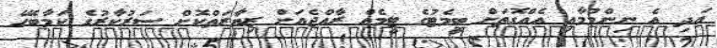
އަދި އެ ނިންމުމާއި އެއްގޮތަށް ބީމެޓުގެ ޓީމެއް ރާއްޖެއަށް ޒިޔާރަތްކޮށް ސަރުކާރުގެ ކަމާބެހޭ